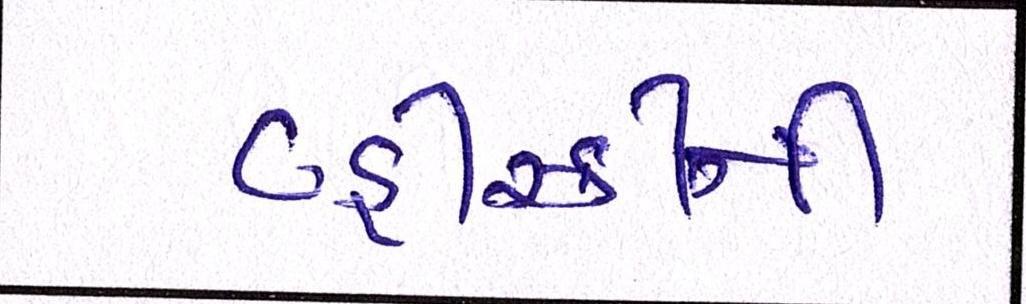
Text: વ્હીસ્કીની